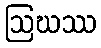
ဩဃဿ